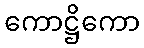
ကောဋ္ဌိကော